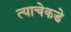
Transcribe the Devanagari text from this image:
त्याचेकडे